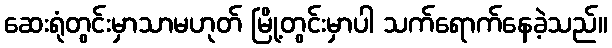
ဆေးရုံတွင်းမှာသာမဟုတ် မြို့တွင်းမှာပါ သက်ရောက်နေခဲ့သည်။